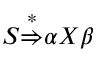
S { \stackrel { * } { \Rightarrow } } \alpha X \beta